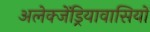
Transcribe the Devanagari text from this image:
अलेक्जेंड्रियावासियों